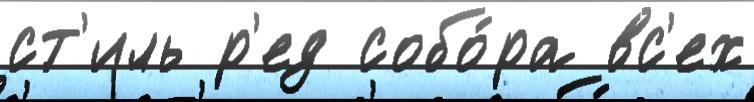
ст'иль р'ед собо́ра вс'ех